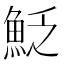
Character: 𩶟